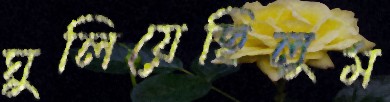
ঘুলিয়েছিলুম